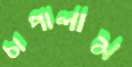
চাপালাম